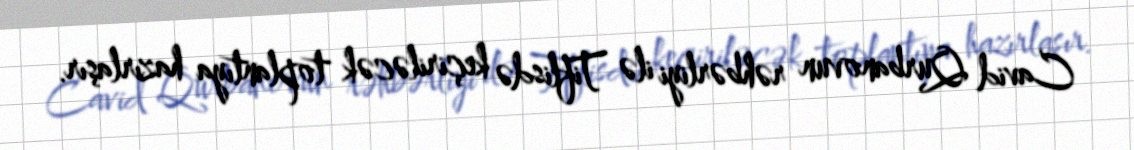
Cavid Qurbanovun rəhbərliyi ilə Tiflisdə keçiriləcək toplantıya hazırlaşır.